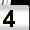
Digit: 4